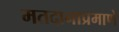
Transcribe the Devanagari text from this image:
मतदानाप्रमाणे